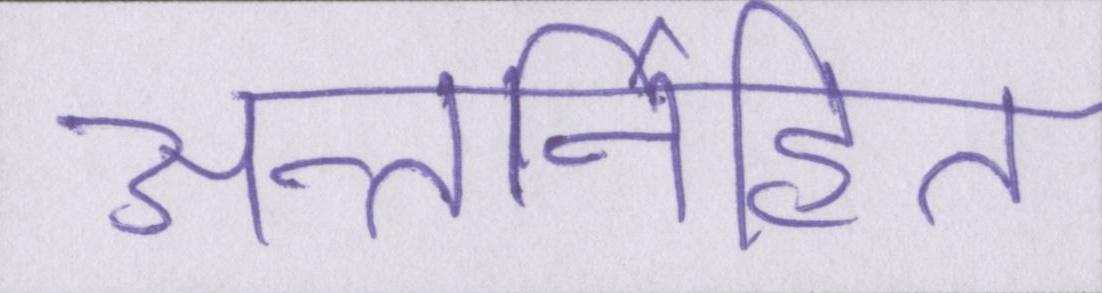
अन्तर्निहित